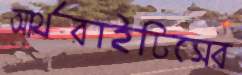
আর্থরাইটিসের